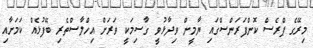
މިރޭގެ ޕްރެސް ކޮންފަރަންސްގައި ޔާމީން ވިދާޅުވީ ގާސިމަކީ ވަރަށް އިހްލާސްތެރި ބޭފުޅެއް ކަމަށާއި